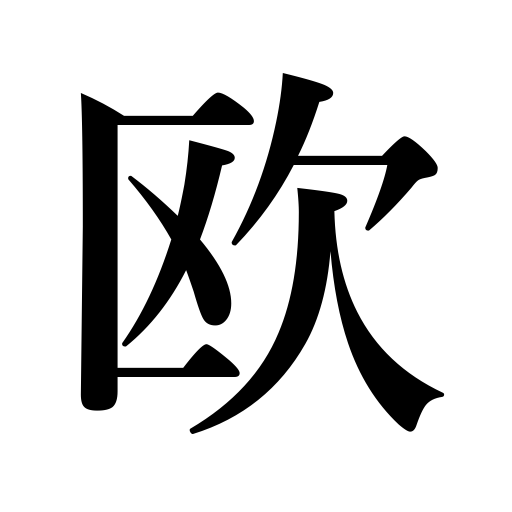
Meanings: Europe